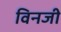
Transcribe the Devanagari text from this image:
विनजी